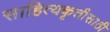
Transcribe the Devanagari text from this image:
साहित्यकृतीसाठी